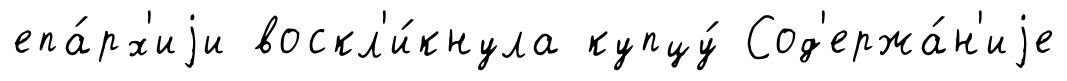
епа́рх'иjи воскл'и́кнула купцу́ Сод'ержа́н'иjе